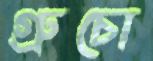
গ্রুচো